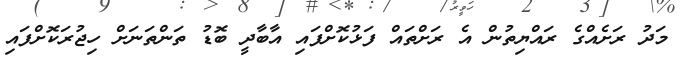
މަދު ރަށެއްގެ ރައްޔިތުން އެ ރަށްތައް ފަޅުކޮށްފައި އާބާދީ ބޮޑު ތަންތަނަށް ހިޖުރަކޮށްފައި